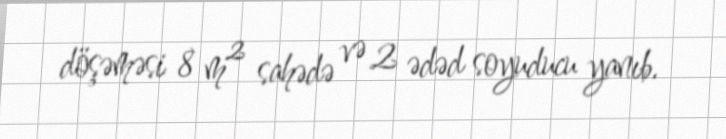
döşəməsi 8 m² sahədə və 2 ədəd soyuducu yanıb.